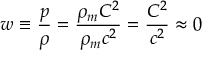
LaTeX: w \equiv { \frac { p } { \rho } } = { \frac { \rho _ { m } C ^ { 2 } } { \rho _ { m } c ^ { 2 } } } = { \frac { C ^ { 2 } } { c ^ { 2 } } } \approx 0